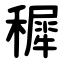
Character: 穉